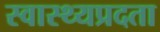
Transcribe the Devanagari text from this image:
स्वास्थ्यप्रदता